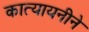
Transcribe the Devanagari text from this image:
कात्यायनीने